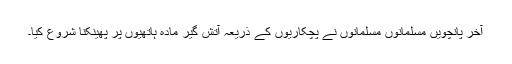
آخر پانچویں مسلمانوں مسلمانوں نے پچکاریوں کے ذریعہ آتش گیر مادہ ہاتھیوں پر پھینکنا شروع کیا۔